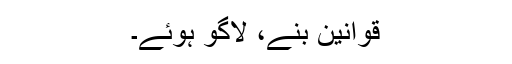
قوانین بنے، لاگو ہوئے۔